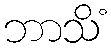
ဘာသိံ